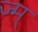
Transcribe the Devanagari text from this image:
ज्म्